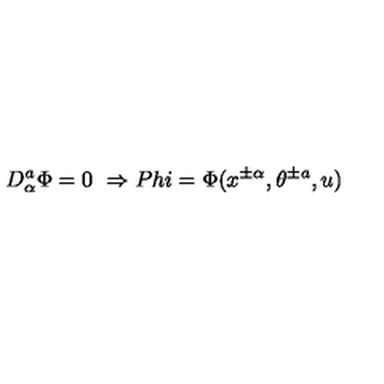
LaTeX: D _ { \alpha } ^ { a } \Phi = 0 \ \Rightarrow P h i = \Phi ( x ^ { \pm \alpha } , \theta ^ { \pm a } , u )